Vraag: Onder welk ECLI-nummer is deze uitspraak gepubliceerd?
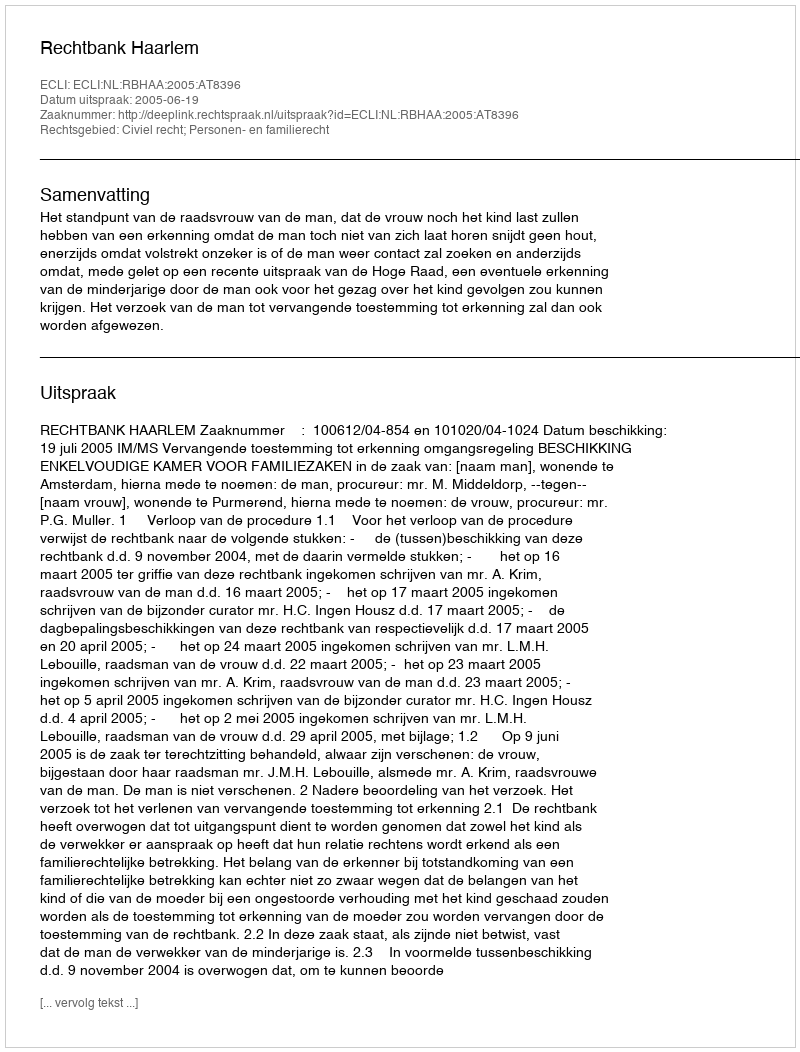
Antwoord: ECLI:NL:RBHAA:2005:AT8396